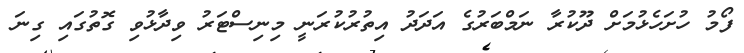
ފޯމު ހުށަހެޅުމަށް ދޫކުރާ ނަމްބަރުގެ އަދަދު އިތުރުކުރަނީ މިނިސްޓަރު ވިދާޅުވި ގޮތުގައި ގިނަ